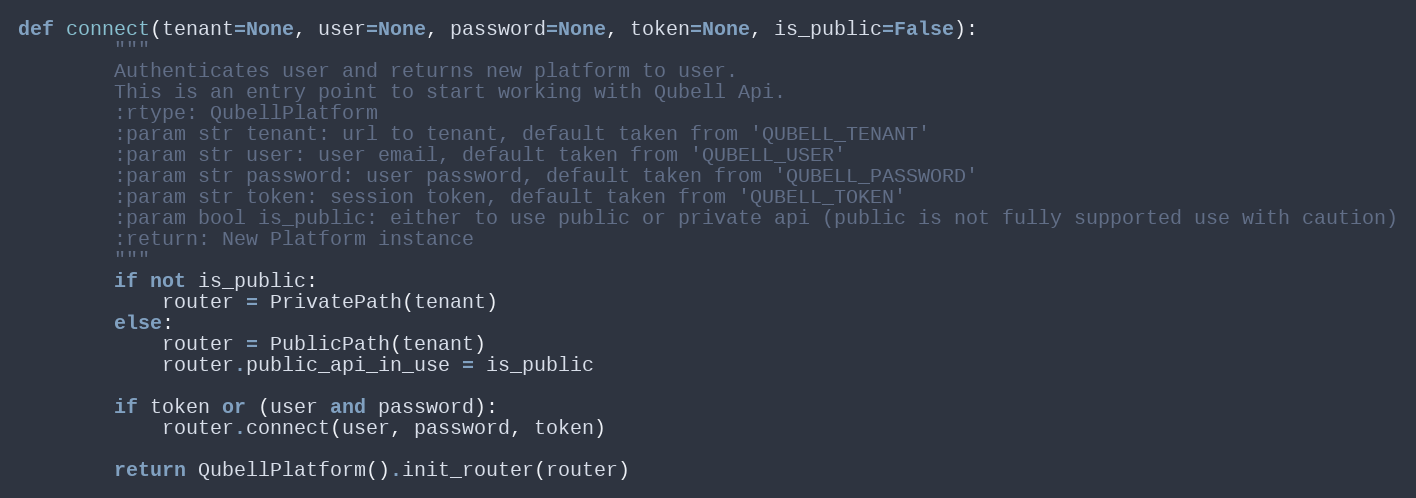
Language: Python
def connect(tenant=None, user=None, password=None, token=None, is_public=False):
        """
        Authenticates user and returns new platform to user.
        This is an entry point to start working with Qubell Api.
        :rtype: QubellPlatform
        :param str tenant: url to tenant, default taken from 'QUBELL_TENANT'
        :param str user: user email, default taken from 'QUBELL_USER'
        :param str password: user password, default taken from 'QUBELL_PASSWORD'
        :param str token: session token, default taken from 'QUBELL_TOKEN'
        :param bool is_public: either to use public or private api (public is not fully supported use with caution)
        :return: New Platform instance
        """
        if not is_public:
            router = PrivatePath(tenant)
        else:
            router = PublicPath(tenant)
            router.public_api_in_use = is_public

        if token or (user and password):
            router.connect(user, password, token)

        return QubellPlatform().init_router(router)